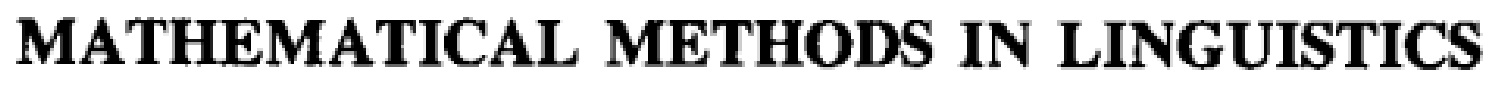
\texttt{MATHEMATICAL METHODS IN LINGUISTICS}